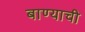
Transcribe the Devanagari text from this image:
बाण्याची